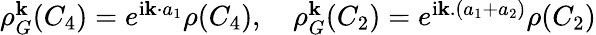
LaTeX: \begin{array}{r}{\rho_{G}^{\mathbf k}(C_{4})=e^{\mathrm{i}{\mathbf k}\cdot{a}_{1}}\rho(C_{4}),\quad\rho_{G}^{\mathbf k}(C_{2})=e^{\mathrm{i}{\mathbf k}.(a_{1}+a_{2})}\rho(C_{2})}\end{array}